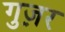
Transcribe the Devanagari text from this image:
गुज़़र